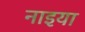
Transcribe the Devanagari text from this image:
नाइया